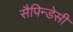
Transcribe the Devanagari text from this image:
सैपिन्डेसी